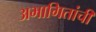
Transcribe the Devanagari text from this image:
अभागितांची